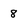
Character: 8